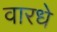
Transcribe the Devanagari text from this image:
वारधे